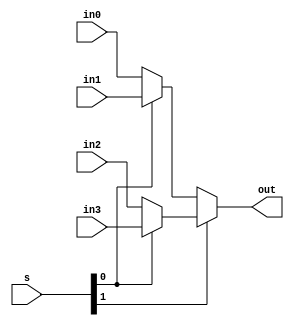
/********************************************************************************************************
/		MODULE: Bit16_Mux4_1
/		PURPOSE: Take 4 16 bit inputs and select between them based on a select code
/
/		INPUTS: in0 - Input 0 00
/				in1 - Input 1 01
/				in2 - Input 2 10
/				in3 - Input 3 11
/				s[1:0] - Select Code
/
/		OUTPUTS: out[15:0] - output of mux
********************************************************************************************************/
module Bit16_Mux4_1 (in0, in1, in2, in3, s, out);
input [15:0] in0;
input [15:0] in1;
input [15:0] in2;
input [15:0] in3;
input [1:0] s;

output [15:0] out;

assign out = s[1] ? (s[0] ? in3 : in2) : (s[0] ? in1 : in0);

endmodule